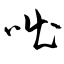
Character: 咄